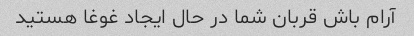
آرام باش قربان شما در حال ایجاد غوغا هستید